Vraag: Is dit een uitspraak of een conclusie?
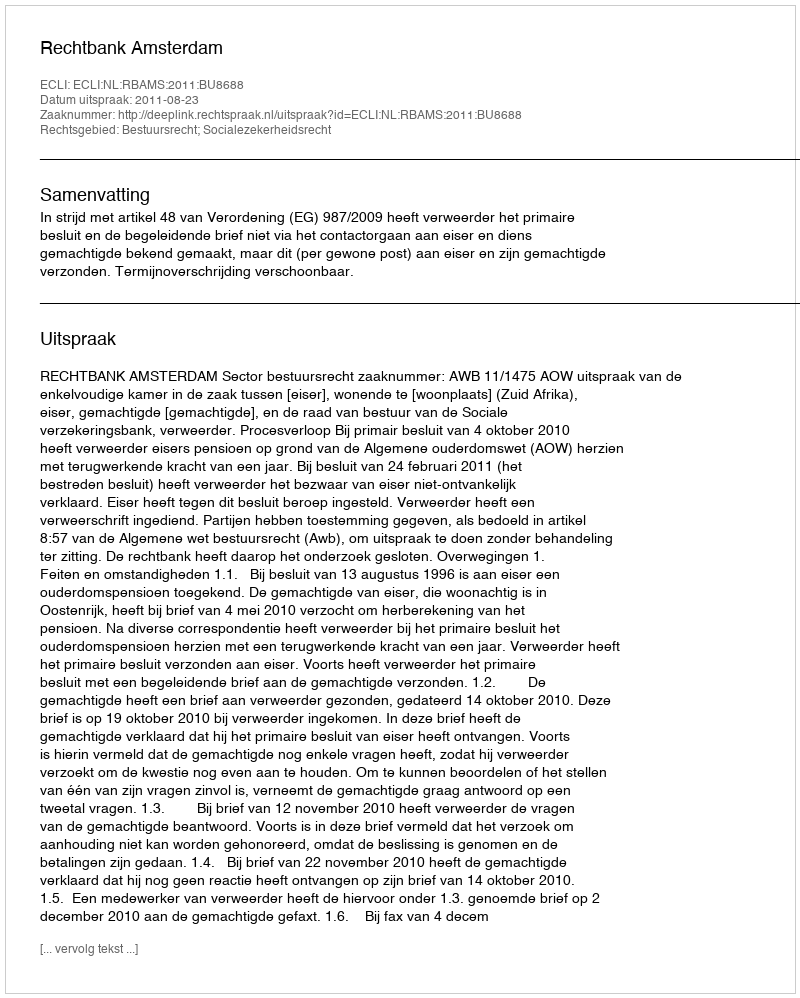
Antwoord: Uitspraak